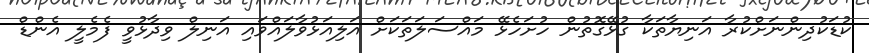
ކުޑަކުދިންނަށްކުރާ އަނިޔާތަކާ ގުޅޭގޮތުން ހުށަހެޅޭ މައްސަލަތަކަށް އަލިއަޅުވާލައްވައި އަނިލް ވިދާޅުވީ ފެމެލީ އެންޑް